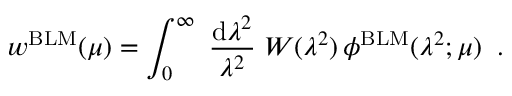
w ^ { \mathrm { B L M } } ( \mu ) = \int _ { 0 } ^ { \infty } \; \frac { \mathrm { d } \lambda ^ { 2 } } { \lambda ^ { 2 } } \; W ( \lambda ^ { 2 } ) \, \phi ^ { \mathrm { B L M } } ( \lambda ^ { 2 } ; \mu ) \; \; .